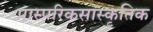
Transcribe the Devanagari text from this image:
पास्परिकसांस्कृतिक